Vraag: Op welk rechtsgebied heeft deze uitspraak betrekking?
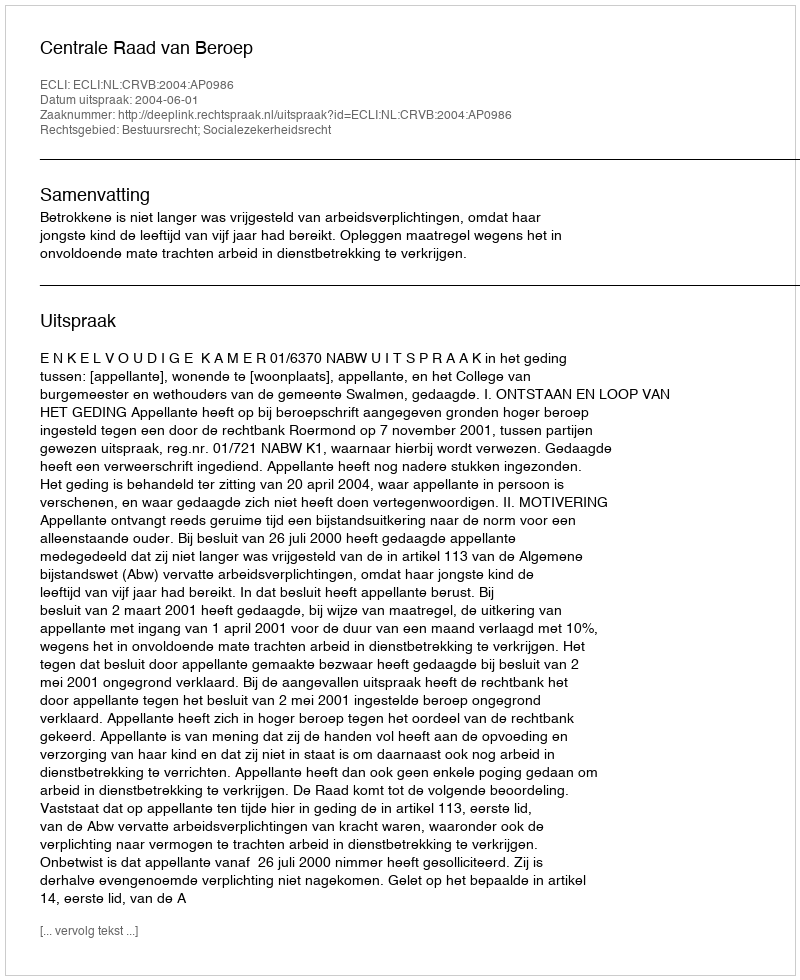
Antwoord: Bestuursrecht; Socialezekerheidsrecht